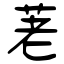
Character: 荖